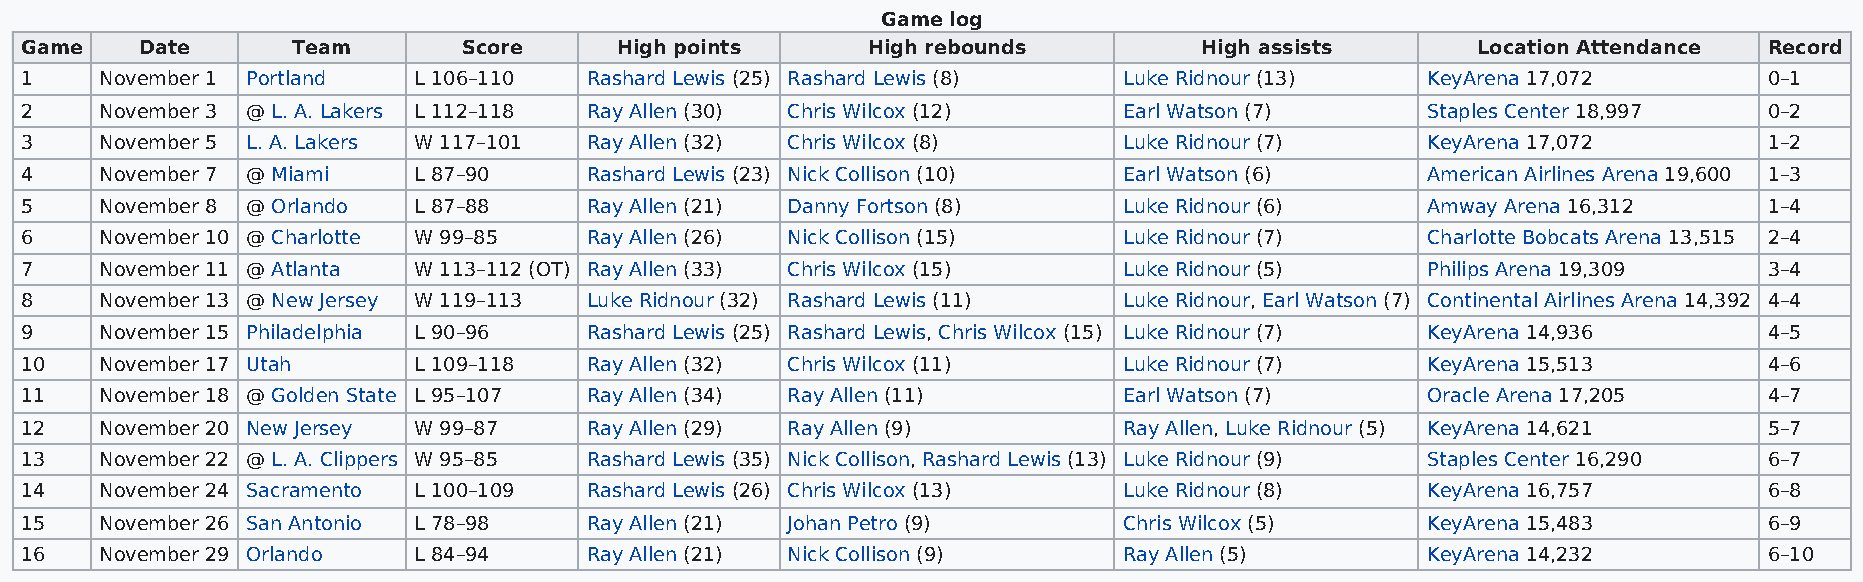
Game log
 Game    Date      Team        Score     High points     High rebounds         High assists       Location Attendance Record
 1     November 1 Portland L 106–110   Rashard Lewis (25) Rashard Lewis (8) Luke Ridnour (13) KeyArena 17,072        0–1
 2     November 3 @ L. A. Lakers L 112–118 Ray Allen (30) Chris Wilcox (12) Earl Watson (7)   Staples Center 18,997  0–2
 3     November 5 L. A. Lakers W 117–101 Ray Allen (32) Chris Wilcox (8)  Luke Ridnour (7)    KeyArena 17,072        1–2
 4     November 7 @ Miami  L 87–90     Rashard Lewis (23) Nick Collison (10) Earl Watson (6)  American Airlines Arena 19,600 1–3
 5     November 8 @ Orlando L 87–88    Ray Allen (21) Danny Fortson (8)   Luke Ridnour (6)    Amway Arena 16,312     1–4
 6     November 10 @ Charlotte W 99–85 Ray Allen (26) Nick Collison (15)  Luke Ridnour (7)    Charlotte Bobcats Arena 13,515 2–4
 7     November 11 @ Atlanta W 113–112 (OT) Ray Allen (33) Chris Wilcox (15) Luke Ridnour (5) Philips Arena 19,309   3–4
 8     November 13 @ New Jersey W 119–113 Luke Ridnour (32) Rashard Lewis (11) Luke Ridnour, Earl Watson (7) Continental Airlines Arena 14,392 4–4
 9     November 15 Philadelphia L 90–96 Rashard Lewis (25) Rashard Lewis, Chris Wilcox (15) Luke Ridnour (7) KeyArena 14,936 4–5
 10    November 17 Utah    L 109–118   Ray Allen (32) Chris Wilcox (11)   Luke Ridnour (7)    KeyArena 15,513        4–6
 11    November 18 @ Golden State L 95–107 Ray Allen (34) Ray Allen (11)  Earl Watson (7)     Oracle Arena 17,205    4–7
 12    November 20 New Jersey W 99–87  Ray Allen (29) Ray Allen (9)       Ray Allen, Luke Ridnour (5) KeyArena 14,621 5–7
 13    November 22 @ L. A. Clippers W 95–85 Rashard Lewis (35) Nick Collison, Rashard Lewis (13) Luke Ridnour (9) Staples Center 16,290 6–7
 14    November 24 Sacramento L 100–109 Rashard Lewis (26) Chris Wilcox (13) Luke Ridnour (8) KeyArena 16,757        6–8
 15    November 26 San Antonio L 78–98 Ray Allen (21) Johan Petro (9)     Chris Wilcox (5)    KeyArena 15,483        6–9
 16    November 29 Orlando L 84–94     Ray Allen (21) Nick Collison (9)   Ray Allen (5)       KeyArena 14,232        6–10